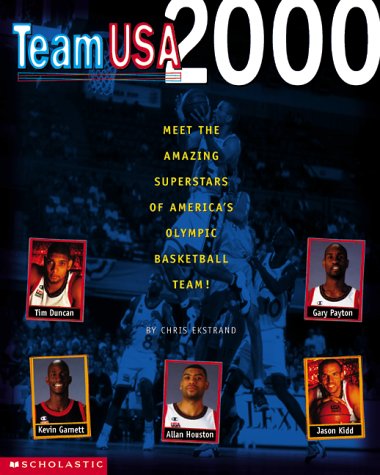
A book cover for Nba: Team Usa 2000; Chris Ekstrand; Children's Books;